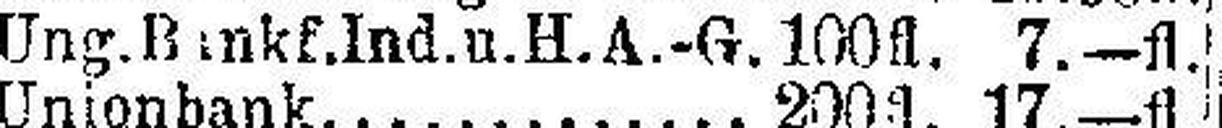
Ung. Bankf. Ind. u. H.A.-G. 100fl. 7.—fl.